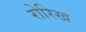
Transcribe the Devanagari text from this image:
रोरिख